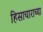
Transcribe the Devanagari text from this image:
हिसाचाराच्या